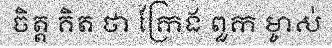
ចិត្ត គិត ថា ក្រែង ពួក ម្ចាស់